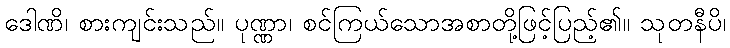
ဒေါဏိ၊ စားကျင်းသည်။ ပုဏ္ဏာ၊ စင်ကြယ်သောအစာတို့ဖြင့်ပြည့်၏။ သုတနီပိ၊